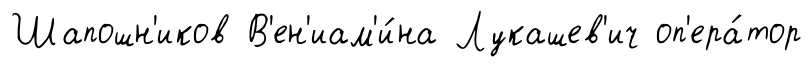
Шапошн'иков В'ен'иам'и́на Лукашев'ич оп'ера́тор